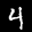
Label: 4